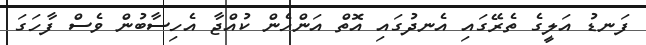
ފަނޑު އަލީގެ ތެރޭގައި އެނދުގައި އޮތް އަންހެން ކުއްޖާ އެހިސާބުން ވެސް ފާހަގަ